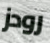
رودز